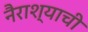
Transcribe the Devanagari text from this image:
नैराश्याची